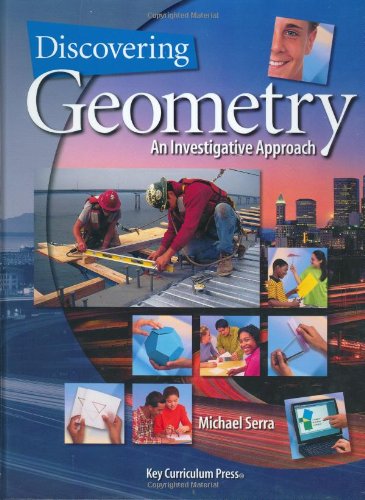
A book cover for Discovering Geometry: An Investigative Approach; Michael Serra; Science & Math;